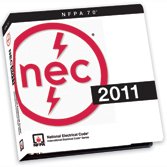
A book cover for NFPA 70Â®: National Electrical CodeÂ® (NECÂ®) Looseleaf, 2011 Edition; NFPA; Law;